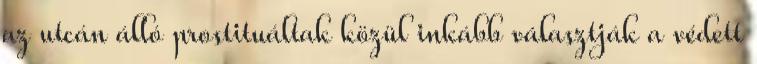
az utcán álló prostituáltak közül inkább választják a védett